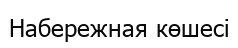
Набережная көшесі